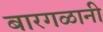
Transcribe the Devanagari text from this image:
बारगळानी